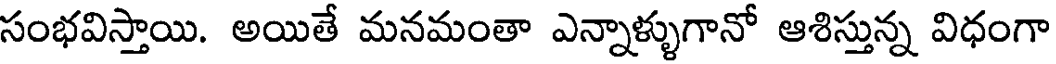
సంభవిస్తాయి. అయితే మనమంతా ఎన్నాళ్ళుగానో ఆశిస్తున్న విధంగా